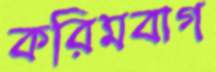
করিমবাগ